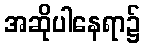
အဆိုပါနေရာ၌